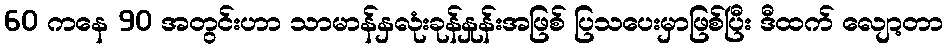
60 ကနေ 90 အတွင်းဟာ သာမာန်နှလုံးခုန်နှုန်းအဖြစ် ပြသပေးမှာဖြစ်ပြီး ဒီထက် လျော့တာ